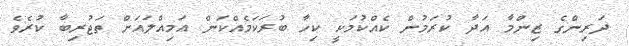
ދަރިންގެ ޒިންމާ އަދާ ކުރަމުން ކެއްކުމަކީ ކިހާ ބުރަކަމެއްކަން އަމިއްލައަށް ތަޖުރިބާ ކުރެވެ